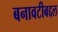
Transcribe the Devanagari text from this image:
बनावटीबद्दल